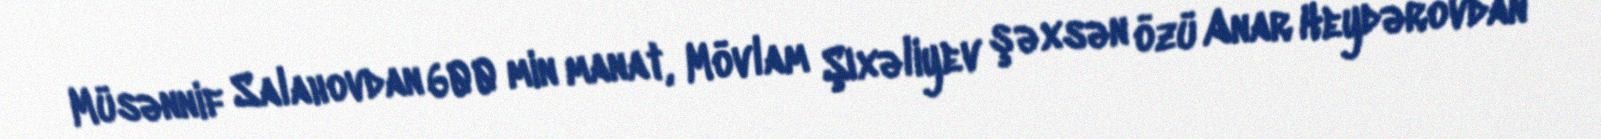
Müsənnif Salahovdan 600 min manat, Mövlam Şıxəliyev şəxsən özü Anar Heydərovdan